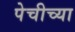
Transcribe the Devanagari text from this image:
पेचीच्या